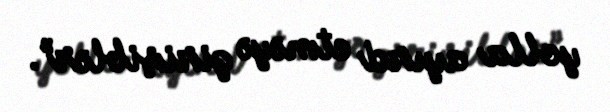
yolla ayırd etməyə girişiblər”.